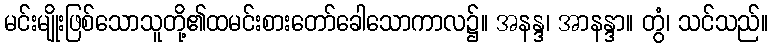
မင်းမျိုးဖြစ်သောသူတို့၏ထမင်းစားတော်ခေါသောကာလ၌။ အနန္ဒ၊ အာနန္ဒာ။ တွံ၊ သင်သည်။